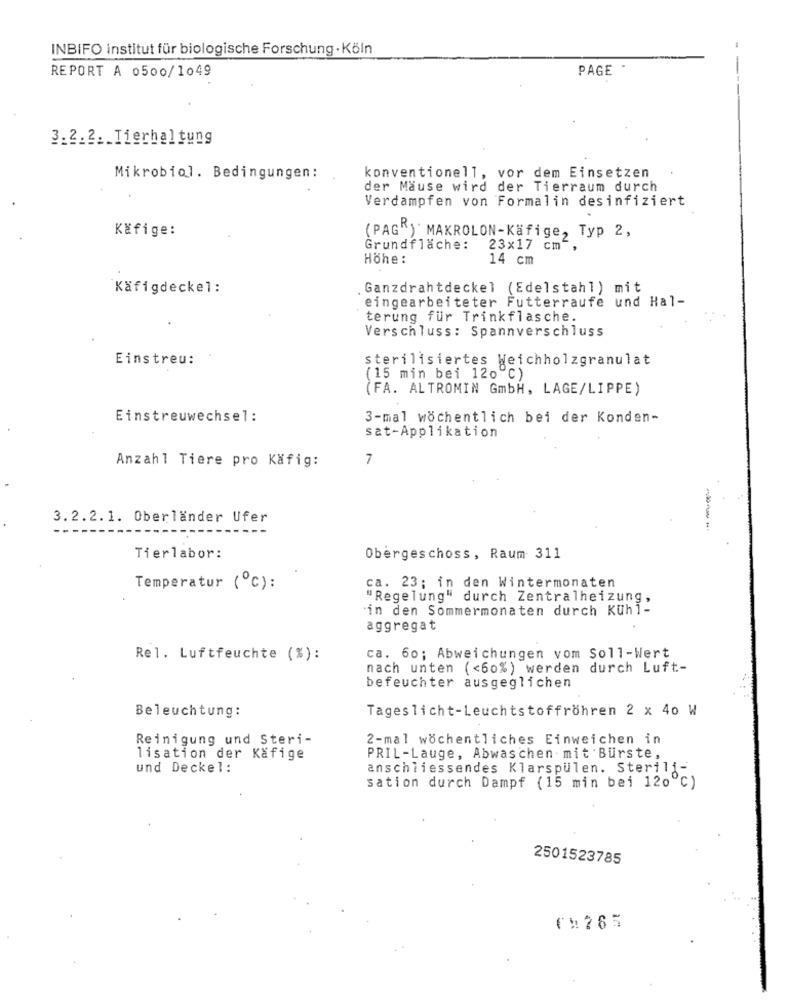
INBIFO institut für biologische Forschung - Köln
REPORT A 0500/1049
PAGE
3.2.2. Tierhaltung
Mikrobiol. Bedingungen:
konventionell, vor dem Einsetzen
der Mäuse wird der Tierraum durch
Verdampfen von Formalin desinfiziert
Käfige:
(PAG") MAKROLON-Käfige, Typ 2,
Grundfläche: 23x17 cm ,
Höhe:
14 cm
Käfigdeckel:
Ganzdrahtdeckel (Edelstahl) mit
eingearbeiteter Futterraufe und Hal-
terung für Trinkflasche.
Verschluss: Spannverschluss
Einstreu:
sterilisiertes Weichholzgranulat
(15 min bei 120 ℃)
(FA. ALTROMIN GmbH, LAGE/LIPPE)
Einstreuwechsel:
3-mal wöchentlich bei der Konden-
sat-Applikation
Anzahl Tiere pro Käfig:
7
3.2.2.1. Oberländer Ufer
Tierlabor:
Obergeschoss, Raum 311
Temperatur (℃):
ca. 23; in den Wintermonaten
"Regelung" durch Zentralheizung,
in den Sommermonaten durch Kuhl-
aggregat
Rel. Luftfeuchte (%):
ca. 60; Abweichungen vom Soll-Wert
nach unten (<60%) werden durch Luft-
befeuchter ausgeglichen
Beleuchtung:
Tageslicht-Leuchtstoffröhren 2 x 40 W
Reinigung und Steri-
2-mal wöchentliches Einweichen in
lisation der Käfige
PRIL-Lauge, Abwaschen mit Burste,
und Deckel:
anschliessendes Klarspulen. Sterili-
sation durch Dampf (15 min bei 120℃)
2501523785
F): 265